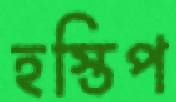
হস্তিপ